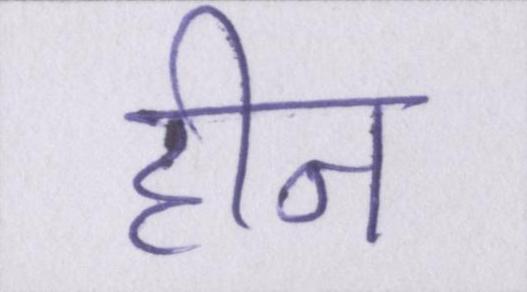
हीन